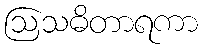
ဩသဓိတာရကာ